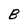
Character: B